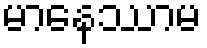
မာနေဿာမ